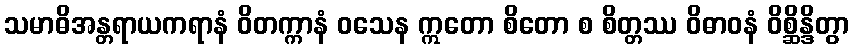
သမာဓိအန္တရာယကရာနံ ဝိတက္ကာနံ ဝသေန ဣတော စိတော စ စိတ္တဿ ဝိဓာဝနံ ဝိစ္ဆိန္ဒိတွာ